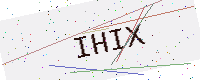
Text: IHIX